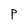
Character: P